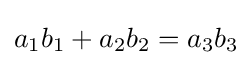
a_{1}b_{1}+a_{2}b_{2}=a_{3}b_{3}